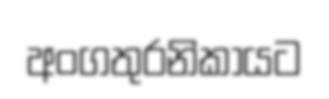
අංගතුරනිකායට